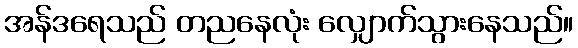
အန်ဒရေသည် တညနေလုံး လျှောက်သွားနေသည်။